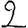
Digit: 2